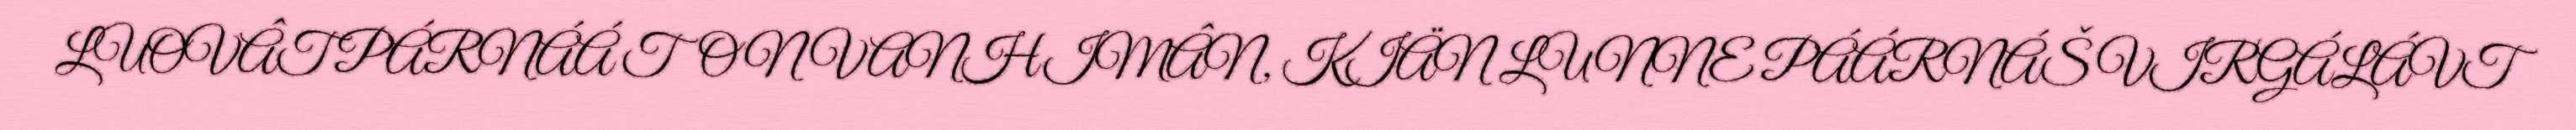
LUOVÂT PÁRNÁÁ TON VANHIMÂN, KIÄN LUNNE PÁÁRNÁŠ VIRGÁLÁVT